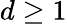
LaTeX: d\ge 1